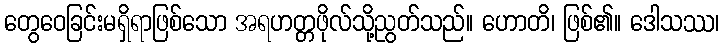
တွေဝေခြင်းမရှိရာဖြစ်သော အရဟတ္တဖိုလ်သို့ညွတ်သည်။ ဟောတိ၊ ဖြစ်၏။ ဒေါသဿ၊